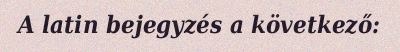
A latin bejegyzés a következő: